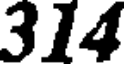
314